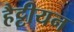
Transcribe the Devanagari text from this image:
हैट्टीयन